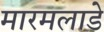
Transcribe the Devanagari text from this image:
मारमलाडे